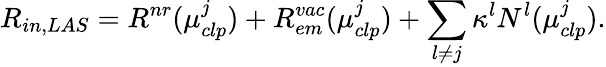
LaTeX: R_{in,LAS}=R^{nr}(\mu_{clp}^{j})+R_{em}^{vac}(\mu_{clp}^{j})+\sum_{l\neq j}\kappa^{l}N^{l}(\mu_{clp}^{j}).